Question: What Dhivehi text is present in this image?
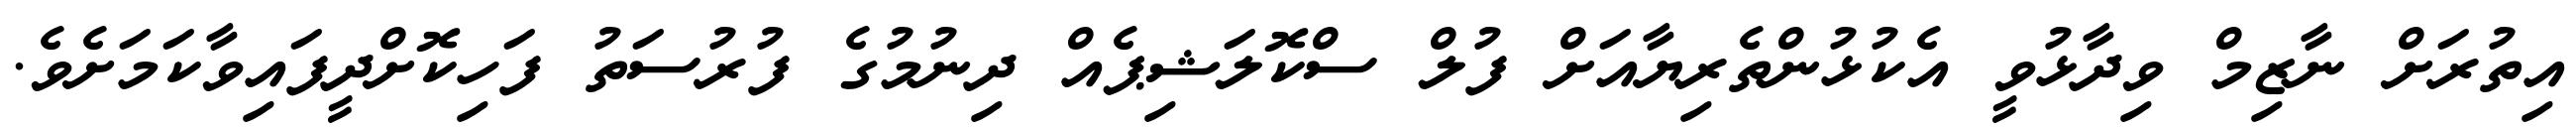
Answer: އިތުރަށް ނާޒިމް ވިދާޅުވީ އެކުޅުންތެރިޔާއަށް ފުލް ސްކޮލަޝިޕެއް ދިނުމުގެ ފުރުސަތު ފަހިކޮށްދީފައިވާކަމަށެވެ.